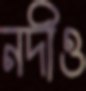
নদীও